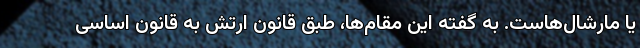
یا مارشال‌هاست. به گفته این مقام‌ها، طبق قانون ارتش به قانون اساسی